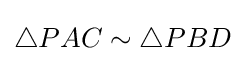
\triangle PAC\sim \triangle PBD